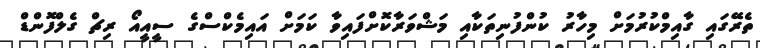
ތެރޭގައި ގާއިމްކުރުމަށް މިހާރު ކުންފުނިތަކާއި މަޝްވަރާކޮށްފައިވާ ކަމަށް އައިމެކްސްގެ ސީއީއޯ ރިޗް ގެލްފޮންޑް